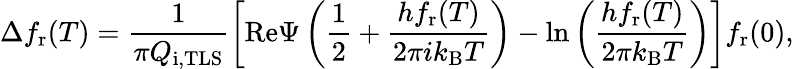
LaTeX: \Delta f_{\mathrm{r}}(T)=\frac{1}{\pi Q_{\mathrm{i,TLS}}}\left[\mathrm{Re}\Psi\left(\frac{1}{2}+\frac{hf_{\mathrm{r}}(T)}{2\pi ik_{\mathrm{B}}T}\right)-\ln\left(\frac{hf_{\mathrm{r}}(T)}{2\pi k_{\mathrm{B}}T}\right)\right]f_{\mathrm{r}}(0),